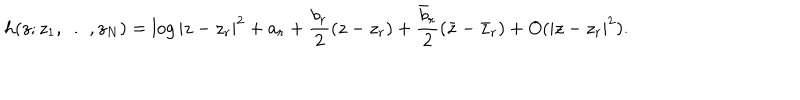
LaTeX: h ( z ; z _ { 1 } , \ldots , z _ { N } ) = \log | z - z _ { r } | ^ { 2 } + a _ { r } + \frac { b _ { r } } { 2 } ( z - z _ { r } ) + \frac { \bar { b } _ { r } } { 2 } ( \bar { z } - \bar { z } _ { r } ) + O ( | z - z _ { r } | ^ { 2 } ) .